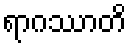
ရာဂဿာတိ